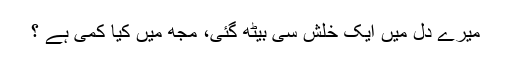
میرے دل میں ایک خلش سی بیٹھ گئی، مجھ میں کیا کمی ہے ؟